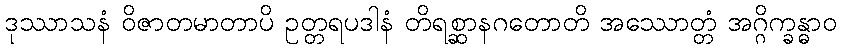
ဒုဿာသနံ ဝိဇာတမာတာပိ ဥတ္တရပဒါနံ တိရစ္ဆာနဂတောတိ အဿောတ္တံ အဂ္ဂိက္ခန္ဓာဝ